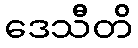
ဒေသီတိ